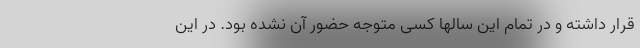
قرار داشته و در تمام این سالها کسی متوجه حضور آن نشده بود. در این